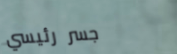
جسر رئيسي